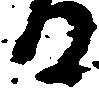
る